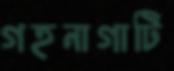
গহনাগাটি